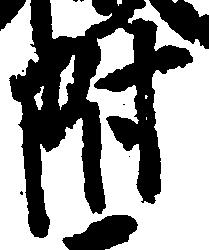
附